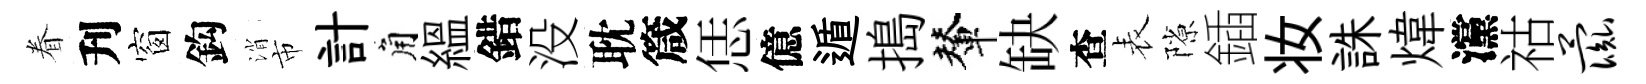
眷刋窗鈎消市計角緼錯没耽箴恁億遁搗輦缺查表隙鍤妆誅煒灙祜彘